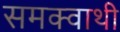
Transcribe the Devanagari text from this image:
समक्वाथी